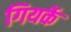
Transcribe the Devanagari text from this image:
गियर्के